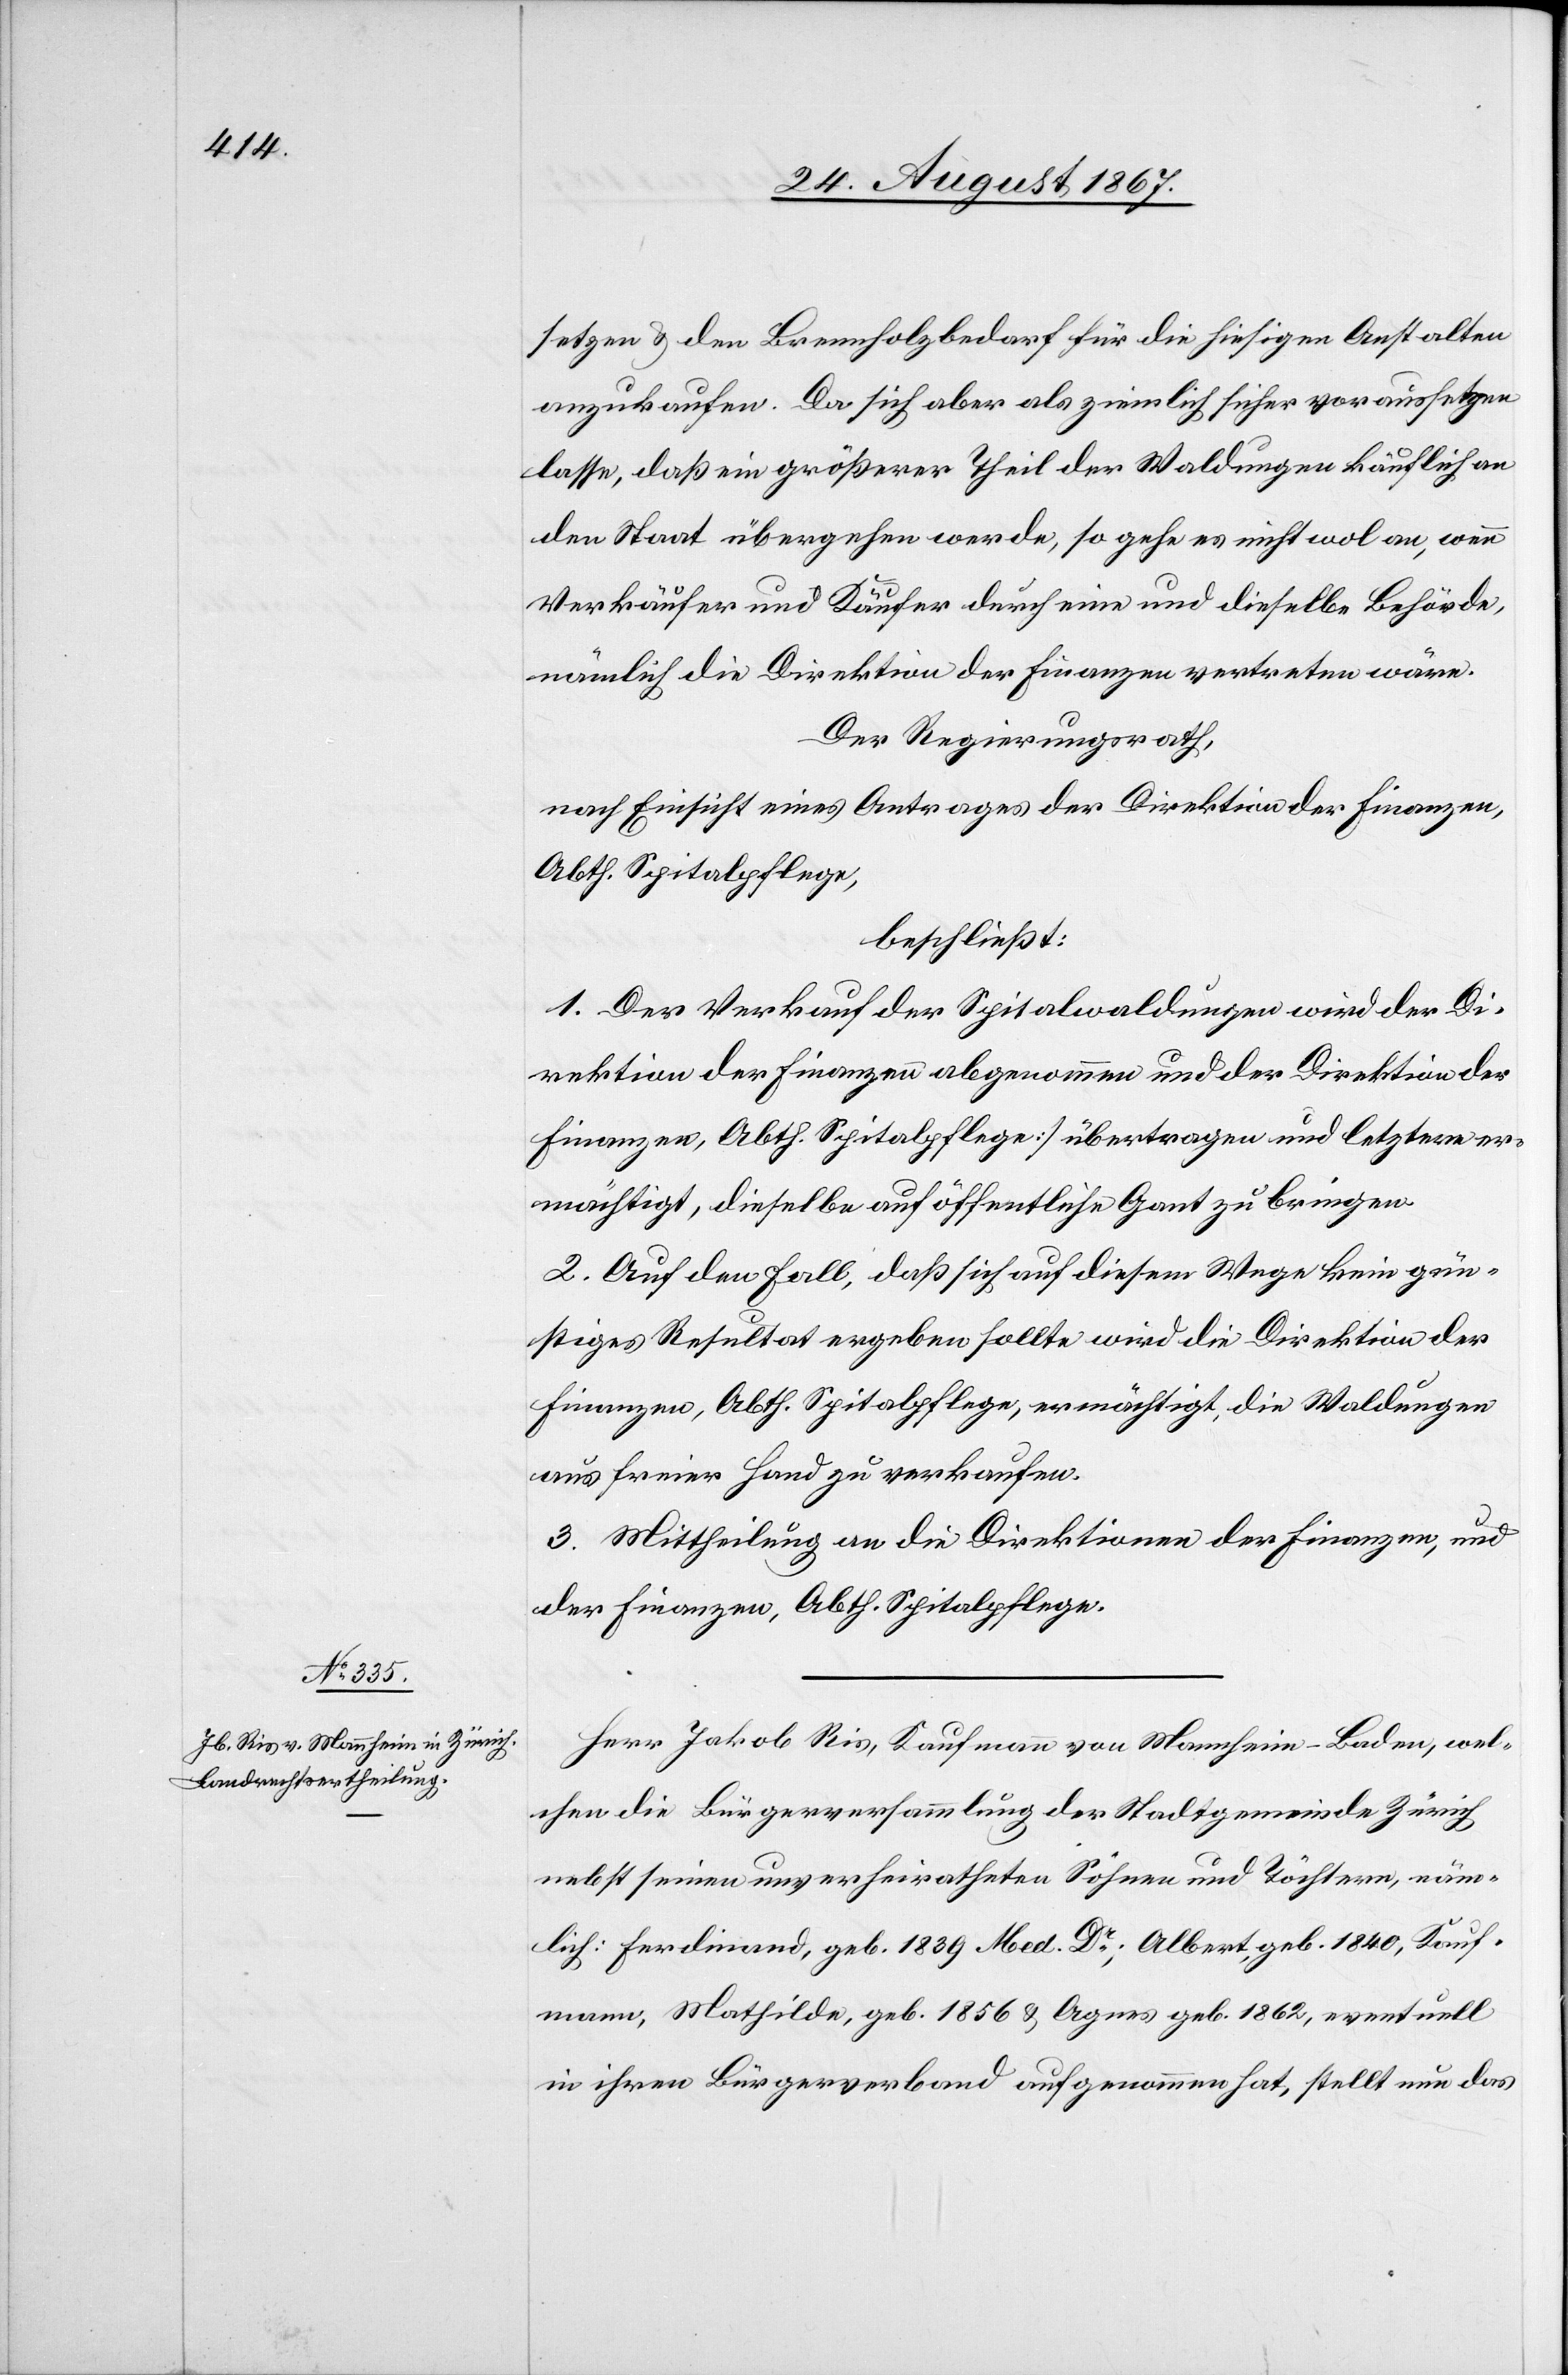
setzen u. den Brennholzbedarf für die hiesigen Anstalten
anzukaufen. Da sich aber als ziemlich sicher voraussetzen
lasse, daß ein größerer Theil der Waldungen käuflich an
den Staat übergehen werde, so gehe es nicht wol an, wenn
Verkäufer und Käufer durch eine und dieselbe Behörde,
nämlich die Direktion der Finanzen vertreten wäre.
Der Regierungsrath,
nach Einsicht eines Antrages der Direktion der Finanzen,
Abth. Spitalpflege,
beschließt:
1. Der Verkauf der Spitalwaldungen wird der Di¬
rektion der Finanzen abgenommen und der Direktion der
Finanzen, Abth. Spitalpflege übertragen und letztere er¬
mächtigt, dieselbe auf öffentliche Gant zu bringen.
2. Auf den Fall, daß sich auf diesem Wege kein gün¬
stiges Resultat ergeben sollte wird die Direktion der
Finanzen, Abth. Spitalpflege, ermächtigt, die Waldungen
aus freier Hand zu verkaufen.
3. Mittheilung an die Direktionen der Finanzen, und
der Finanzen, Abth. Spitalpflege.
Herr Jakob Ris, Kaufmann von Mannheim-Baden, wel¬
chen die Bürgerversammlung der Stadtgemeinde Zürich
nebst einen unverheiratheten Söhnen und Töchtern, näm¬
lich: Ferdinand, geb. 1839 Med. Dr.; Albert, geb. 1840, Kauf¬
mann, Mathilde, geb. 1856 u. Agnes geb. 1862, eventuell
in ihren Bürgerverband aufgenommen hat, stellt nun das